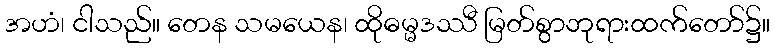
အဟံ၊ ငါသည်။ တေန သမယေန၊ ထိုဓမ္မဒဿီ မြတ်စွာဘုရားထက်တော်၌။